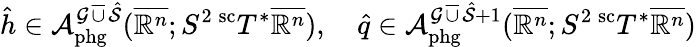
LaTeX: \hat{h}\in\mathcal A_{\mathrm{phg}}^{\mathcal G\operatorname{\overline{\cup}}\hat{\mathcal S}}(\overline{{\mathbb{R}^{n}}};S^{2}\, ^{\mathrm{sc}}T^{*}\overline{{\mathbb{R}^{n}}}),\quad\hat{q}\in\mathcal A_{\mathrm{phg}}^{\mathcal G\operatorname{\overline{\cup}}\hat{\mathcal S}+1}(\overline{{\mathbb{R}^{n}}};S^{2}\, ^{\mathrm{sc}}T^{*}\overline{{\mathbb{R}^{n}}})